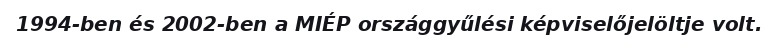
1994-ben és 2002-ben a MIÉP országgyűlési képviselőjelöltje volt.